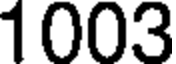
1003